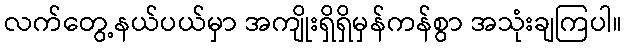
လက်တွေ့နယ်ပယ်မှာ အကျိုးရှိရှိမှန်ကန်စွာ အသုံးချကြပါ။